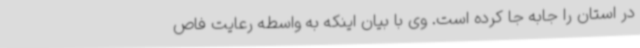
در استان را جابه جا کرده است. وی با بیان اینکه به واسطه رعایت فاص